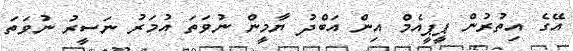
އޭގެ އިތުރުން ޕީޕީއެމް އިން އަބްދު ޔާމީން ނުވަތަ އުމަރު ނަސީރު ނުވަތަ